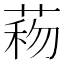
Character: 𦴙